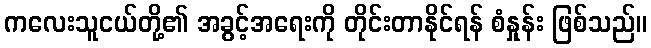
ကလေးသူငယ်တို့၏ အခွင့်အရေးကို တိုင်းတာနိုင်ရန် စံနှုန်း ဖြစ်သည်။